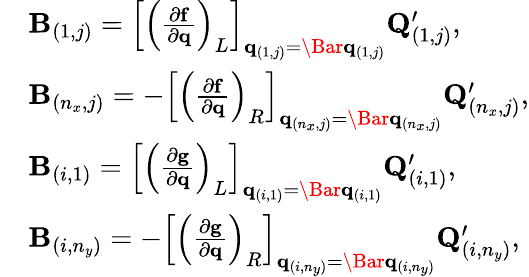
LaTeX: \begin{array}{rl}&{\mathbf{B}_{(1,j)}=\left[\left(\frac{\partial\mathbf{f}}{\partial\mathbf{q}}\right)_{L}\right]_{\mathbf{q}_{(1,j)}=\Bar{\mathbf{q}}_{(1,j)}}\mathbf{Q}_{(1,j)}^{\prime},}\\ &{\mathbf{B}_{(n_{x},j)}=-\left[\left(\frac{\partial\mathbf{f}}{\partial\mathbf{q}}\right)_{R}\right]_{\mathbf{q}_{(n_{x},j)}=\Bar{\mathbf{q}}_{(n_{x},j)}}\mathbf{Q}_{(n_{x},j)}^{\prime},}\\ &{\mathbf{B}_{(i,1)}=\left[\left(\frac{\partial\mathbf{g}}{\partial\mathbf{q}}\right)_{L}\right]_{\mathbf{q}_{(i,1)}=\Bar{\mathbf{q}}_{(i,1)}}\mathbf{Q}_{(i,1)}^{\prime},}\\ &{\mathbf{B}_{(i,n_{y})}=-\left[\left(\frac{\partial\mathbf{g}}{\partial\mathbf{q}}\right)_{R}\right]_{\mathbf{q}_{(i,n_{y})}=\Bar{\mathbf{q}}_{(i,n_{y})}}\mathbf{Q}_{(i,n_{y})}^{\prime},}\end{array}